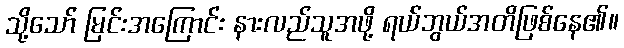
သို့သော် မြင်းအကြောင်း နားလည်သူအဖို့ ရယ်ဘွယ်အတိဖြစ်နေ၏။